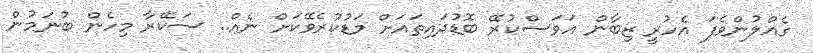
ގެއްލުންވެފަ އެހުރީ ޒިބާން އަވަސްކުރޭ ބޮޑުދައިތައަށް މަޑުކުރެވޭކަށް ނެއް.. ސަކޭރާ މިހެން ބުނަމުން